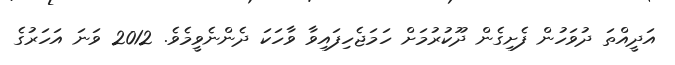
އަދީއްތަ ދުވަހުން ފެށިގެން ދޫކުރުމަށް ހަމަޖެހިފައިވާ ވާހަކަ ދެންނެވީމެވެ. 2012 ވަނަ އަހަރުގެ